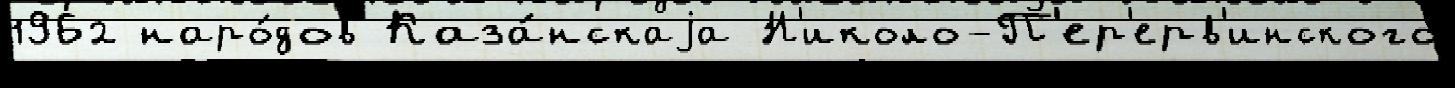
1962 наро́дов Каза́нскаjа Н'иколо-П'ер'ерв'инского